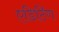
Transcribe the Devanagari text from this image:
एडिटिऺग